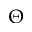
\Theta